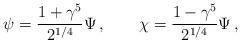
LaTeX: \begin{align*}\psi=\frac{1+\gamma^5}{2^{1/4}}\Psi\,,\qquad\chi=\frac{1-\gamma^5}{2^{1/4}}\Psi\,,\end{align*}